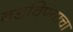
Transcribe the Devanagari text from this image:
बडविण्याचा